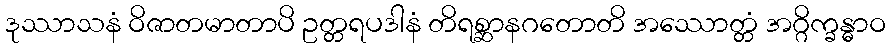
ဒုဿာသနံ ဝိဇာတမာတာပိ ဥတ္တရပဒါနံ တိရစ္ဆာနဂတောတိ အဿောတ္တံ အဂ္ဂိက္ခန္ဓာဝ